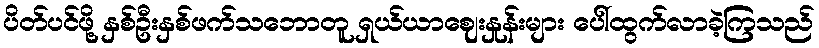
ပိတ်ပင်ဖို့ နှစ်ဦးနှစ်ဖက်သဘောတူ ရှယ်ယာဈေးနှုန်းများ ပေါ်ထွက်လာခဲ့ကြသည်